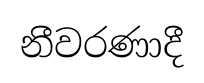
නීවරණාදී